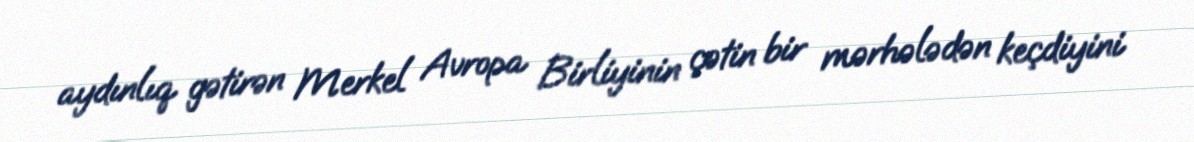
aydınlıq gətirən Merkel Avropa Birliyinin çətin bir mərhələdən keçdiyini